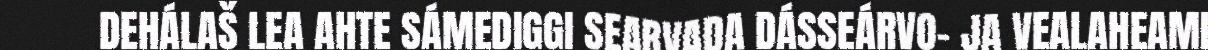
DEHÁLAŠ LEA AHTE SÁMEDIGGI SEARVADA DÁSSEÁRVO- JA VEALAHEAMI